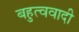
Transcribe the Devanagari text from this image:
बहुत्ववादी